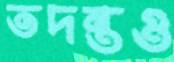
তদন্তও